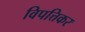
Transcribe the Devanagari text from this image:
विपत्तिकर